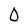
Character: 0